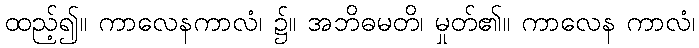
ထည့်၍။ ကာလေနကာလံ၊ ၌။ အဘိဓမတိ၊ မှုတ်၏။ ကာလေန ကာလံ၊